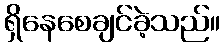
ရှိနေစေချင်ခဲ့သည်။